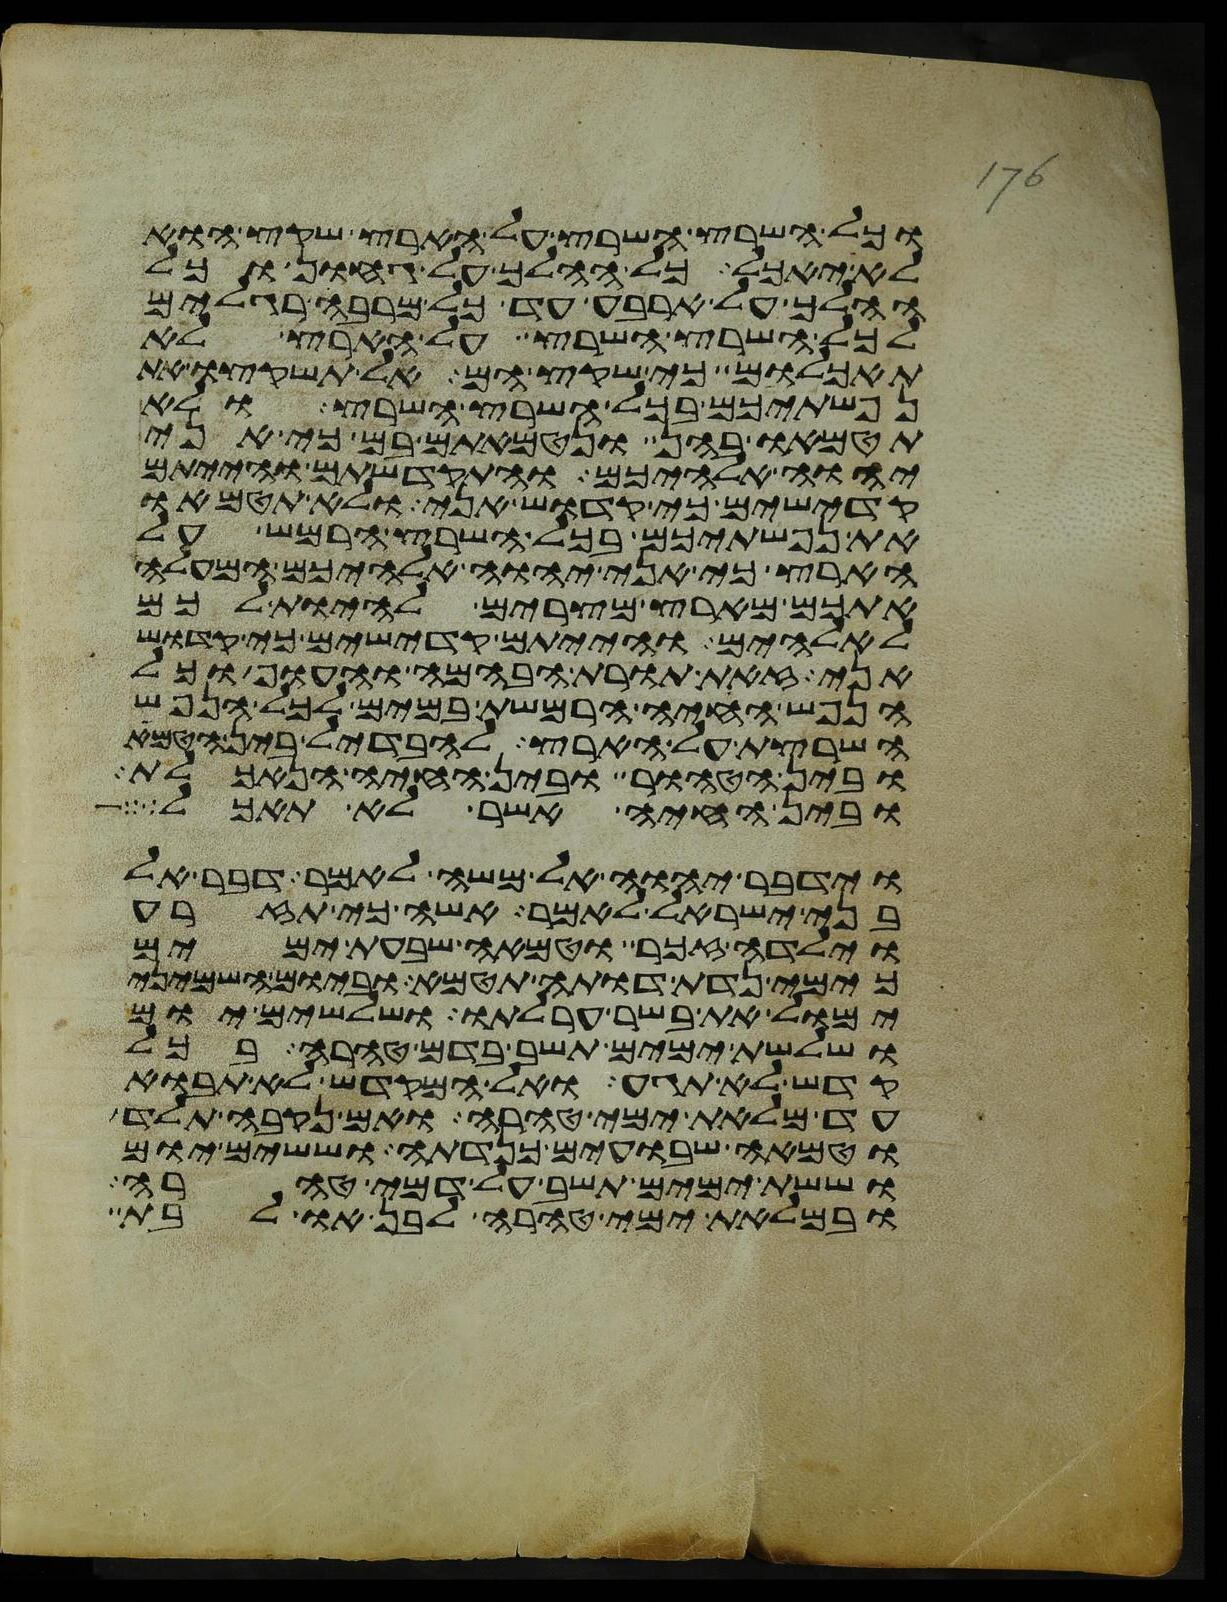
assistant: וכל השרץ השרץ על הארץ שקץ הוא
לא יאכל כל ההלך על גחון וכל
ההלך על ארבע עד כל מרבה רגלים
לכל השרץ השרץ על הארץ לא
תאכלום כי שקץ הם אל תשקצו את
נפשתיכם בכל השרץ השרץ ולא
תטמאו בהם ונטמאתם בם כי אני
יהוה אלהיכם והתקדשתם והייתם
קדישים כי קדוש אני ולא תטמאו
את נפשתיכם בכל השרץ הרמש על
הארץ כי אני יהוה אלהיכם המעלה
אתכם מארץ מצרים להיות לכם
לאלהים והייתם קדישים כי קדוש
אני זאת תורת הבהמה והעוף וכל
הנפש החיה הרמשת במים לכל הנפש
השרצת על הארץ להבדיל בין הטמא
ובין הטהור ובין החיה הנאכלת
ובין החיה אשר לא תאכל
וידבר יהוה אל משה לאמר דבר אל
בני ישראל לאמר אשה כי תזרע
וילדה זכר וטמאה שבעת ימים
כימי נדת דותה תטמא וביום השמיני
ימול את בשר ערלתו ושלשים יום
ושלשת ימים תשב בדם טהרה בכל
קדש לא תגע ואל המקדש לא תבוא
עד מלאת ימי טהרה ואם נקבה תלד
וטמאה שבועים כנדתה וששים יום
וששת ימים תשב על דמי טהרה
ובמלאת ימי טהרה לבן או לבת